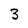
Character: 3